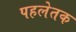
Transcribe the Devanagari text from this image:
पहलेतक